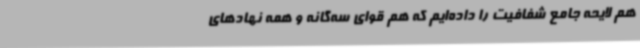
هم لایحه جامع شفافیت را داده‌ایم که هم قوای سه‌گانه و همه نهادهای